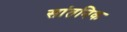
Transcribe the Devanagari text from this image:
सांतनिक